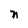
Character: n